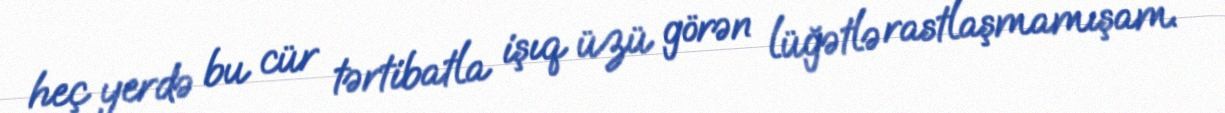
heç yerdə bu cür tərtibatla işıq üzü görən lüğətlə rastlaşmamışam.